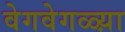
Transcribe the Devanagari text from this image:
वेगवेगळ्य़ा